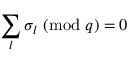
\sum _ { l } \sigma _ { l } \ ( \mathrm { m o d } \ q ) = 0